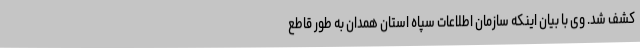
کشف شد. وی با بیان اینکه سازمان اطلاعات سپاه استان همدان به طور قاطع